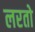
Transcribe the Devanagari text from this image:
लरतो